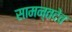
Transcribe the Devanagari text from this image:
सामन्तदेव